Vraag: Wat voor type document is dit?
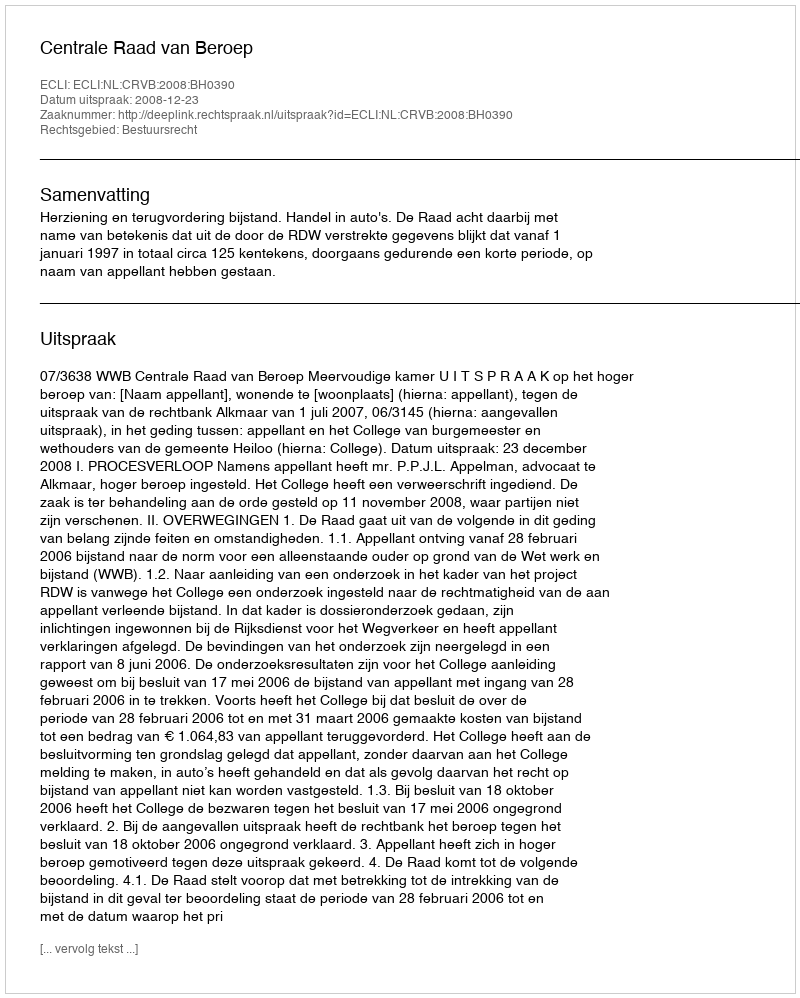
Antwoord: Uitspraak